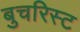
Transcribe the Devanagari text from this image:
बुचरिस्ट